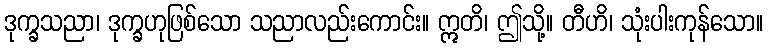
ဒုက္ခသညာ၊ ဒုက္ခဟုဖြစ်သော သညာလည်းကောင်း။ ဣတိ၊ ဤသို့။ တီဟိ၊ သုံးပါးကုန်သော။